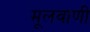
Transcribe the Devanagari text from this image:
मूलवाणी